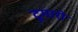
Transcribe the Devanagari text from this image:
टूमारो